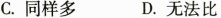
C.同样多 D.无法比